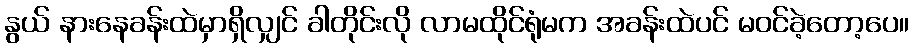
နွယ် နားနေခန်းထဲမှာရှိလျှင် ခါတိုင်းလို လာမထိုင်ရုံမက အခန်းထဲပင် မဝင်ခဲ့တော့ပေ။